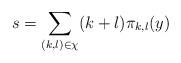
LaTeX: \begin{align*}s = \sum\limits_{(k,l) \in \chi} (k+l)\pi_{k,l}(y) \end{align*}